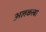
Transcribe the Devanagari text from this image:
अलकस्बा